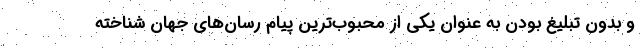
و بدون تبلیغ بودن به عنوان یکی از محبوب‌ترین پیام رسان‌های جهان شناخته